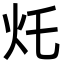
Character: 灹